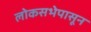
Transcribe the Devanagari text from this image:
लोकसभेपासून